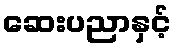
ဆေးပညာနှင့်